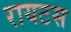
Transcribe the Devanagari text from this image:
रायटस